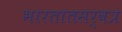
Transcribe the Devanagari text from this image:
भारतातसर्वत्र